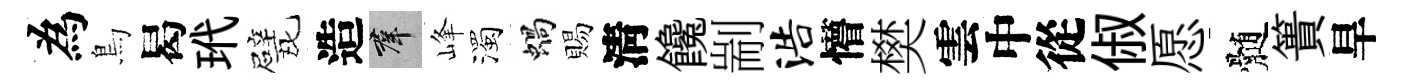
為鳥曷玳戏造群峰濁蝸賜淸饞剬浩懵樊雲中從俶愿髄簣旱